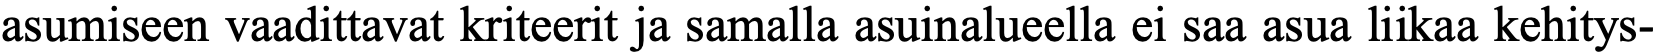
asumiseen vaadittavat kriteerit ja samalla asuinalueella ei saa asua liikaa kehitys-